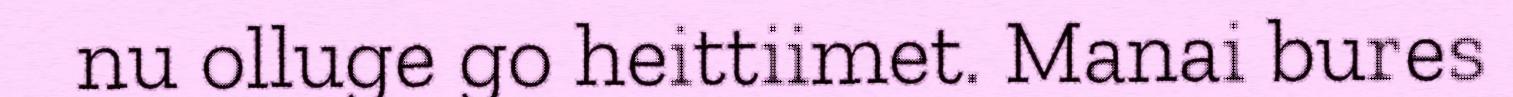
nu olluge go heittiimet. Manai bures